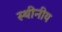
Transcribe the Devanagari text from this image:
स्थीनीय